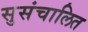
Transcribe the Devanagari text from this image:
सुसंचालित